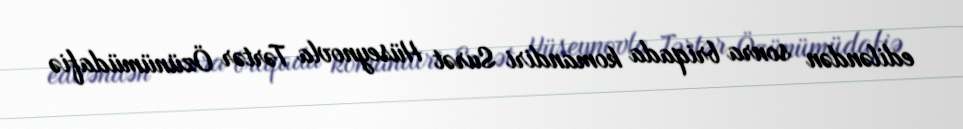
ediləndən sonra briqada komandiri Surət Hüseynovla Tərtər Özünümüdafiə